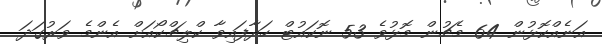
އަނެއްކޮޅުން 64 މެޗުން މޮޅުވެ 53 ނޮކައުޓް ހަދާފައިވާ ކްލިޗްކޯއަށް އެންމެ ވަރުގަދަ